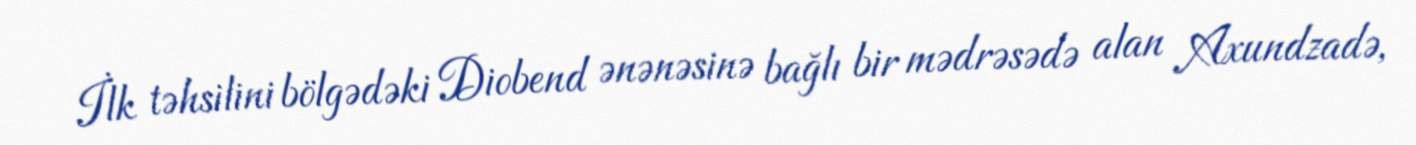
İlk təhsilini bölgədəki Diobend ənənəsinə bağlı bir mədrəsədə alan Axundzadə,